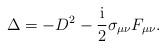
LaTeX: \begin{align*}\Delta =-D^2-\frac{{\rm i}}2\sigma _{\mu \nu }F_{\mu \nu }.\end{align*}